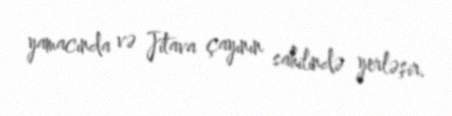
yamacında və Jitava çayının sahilində yerləşir.